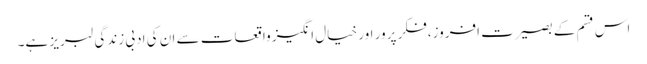
اس قسم کے بصیرت افروز،فکر پرور اور خیال انگیز واقعات سے ان کی ادبی زندگی لبریز ہے۔